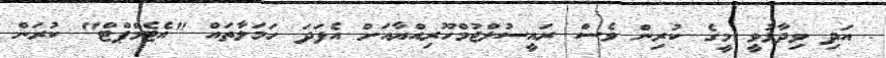
އަދި ވިދާޅުވީ މީގެ ކުރިން ވެސް ރައީސުލްޖުމްހޫރިއްޔާއަށް އެފަދަ ހަމަލާތައް "އެޓެމްޕްޓް" ކުރަން